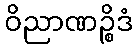
ဝိညာဏဉ္စိဒံ